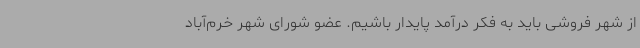
از شهر فروشی باید به فکر درآمد پایدار باشیم. عضو شورای شهر خرم‌آباد